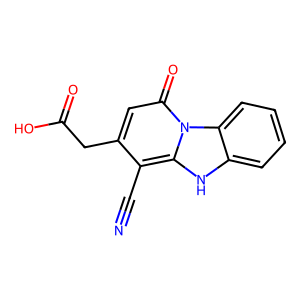
SMILES: N#Cc1c(CC(=O)O)cc(=O)n2c1[nH]c1ccccc12
Inhibits HIV replication: No